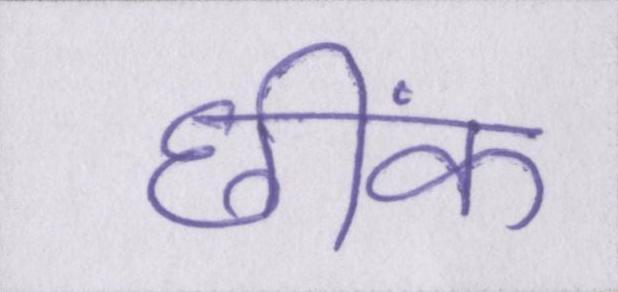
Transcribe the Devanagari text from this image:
छींक